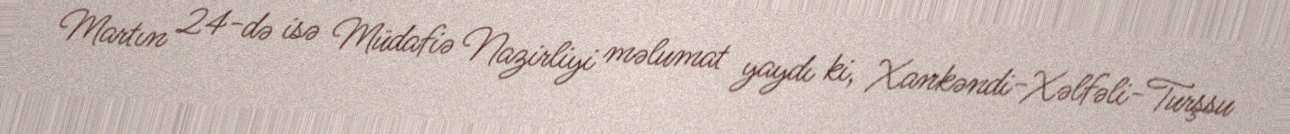
Martın 24-də isə Müdafiə Nazirliyi məlumat yaydı ki, Xankəndi-Xəlfəli-Turşsu